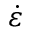
\dot { \varepsilon }